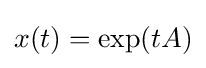
x(t)=\exp(tA)